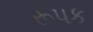
રૂપક